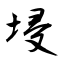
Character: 埐